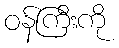
ဝန်ကြီးကို